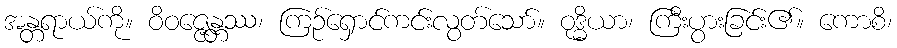
အန္တရာယ်ကို။ ဝိဝဇ္ဇေန္တဿ၊ ကြဉ်ရှောင်ကင်းလွတ်သော်။ ဝုဒ္ဓိယာ၊ ကြီးပွားခြင်း၏။ ကောစိ၊